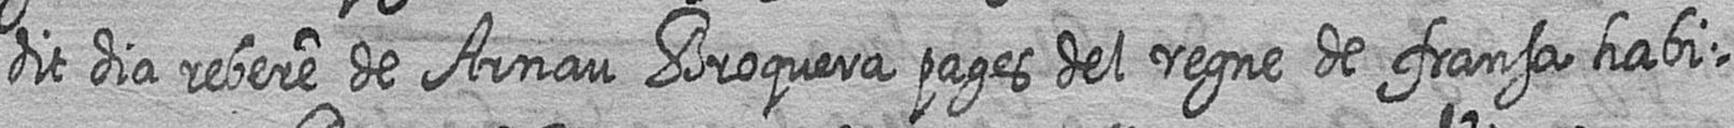
dit dia rebere de Arnau Broquera pages del regne de fransa habi=